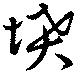
墳